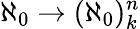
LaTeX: \aleph_{0}\rightarrow(\aleph_{0})_{k}^{n}